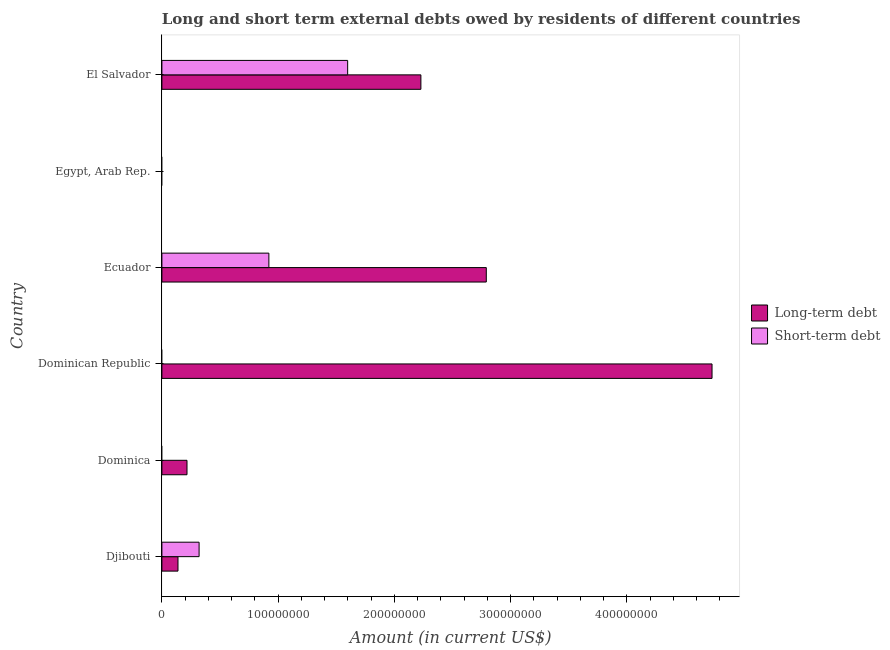
| Country | Long-term debt | Short-term debt |
 | --- | --- | --- |
 | Djibouti | 1.38e+07 | 3.2e+07 |
 | Dominica | 2.16e+07 | -3e+06 |
 | Dominican Republic | 4.73e+08 | -1.01e+08 |
 | Ecuador | 2.79e+08 | 9.2e+07 |
 | Egypt, Arab Rep. | -3.87e+08 | -1.46e+08 |
 | El Salvador | 2.23e+08 | 1.6e+08 |